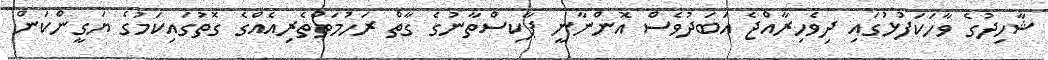
ޝާހިދުގެ ވާހަކަފުޅުގައި ދިވެހިރާއްޖެ އަބަދުވެސް އޮންނާނީ ޕާކިސްތާނުގެ ގާތް ރަހުމަތްތެރިއެއްގެ ގޮތުގައިކަމުގެ ޔަގީންކަން